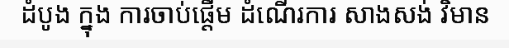
ដំបូង ក្នុង ការចាប់ផ្តើម ដំណើរការ សាងសង់ វិមាន